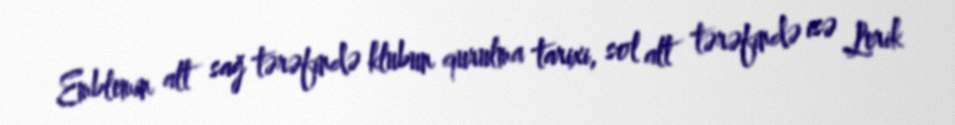
Emblemin alt sağ tərəfində klubun qurulma tarixi, sol alt tərəfində isə Lerik